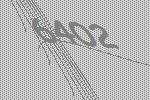
6402